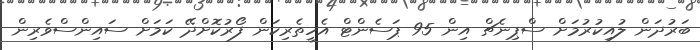
ބަރުދަން ލުއިކުރުމަށް ސްޕިނެޗް އިން 95 ޕަސެންޓް އެހީތެރިކަން ފޯރުކޮށްދޭ ކަމަށް ސައިންސްވެރިން